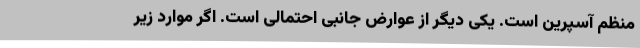
منظم آسپرین است. یکی دیگر از عوارض جانبی احتمالی است. اگر موارد زیر